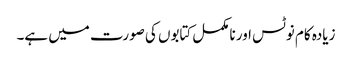
زیادہ کام نوٹس اور نامکمل کتابوں کی صورت میں ہے۔